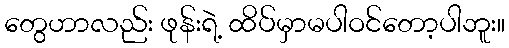
တွေဟာလည်း ဖုန်းရဲ့ ထိပ်မှာမပါဝင်တော့ပါဘူး။